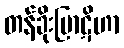
တန်ခိုးပြာဋိဟာ